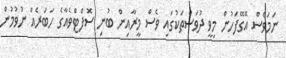
ނަމަވެސް އޭގޭފަހުން މިވީ ދުވަސްތަކުގައި ވެސް މީރާއިން ބުނި ސޮފްޓްވެއާގެ ހަބަރެއް ނުވުމުން